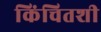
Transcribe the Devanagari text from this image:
किंचितशी